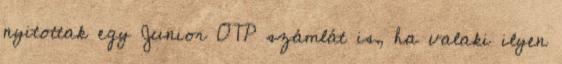
nyitottak egy Junior OTP számlát is, ha valaki ilyen